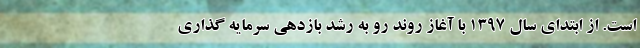
است. از ابتدای سال 1397 با آغاز روند رو به رشد بازدهی سرمایه گذاری